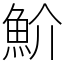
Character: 魪